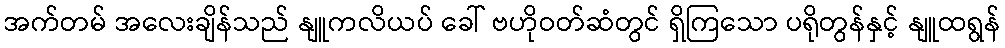
အက်တမ် အလေးချိန်သည် နျူကလိယပ် ခေါ် ဗဟိုဝတ်ဆံတွင် ရှိကြသော ပရိုတွန်နှင့် နျူထရွန်